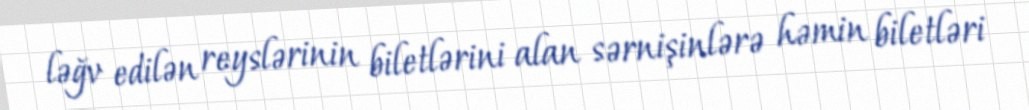
ləğv edilən reyslərinin biletlərini alan sərnişinlərə həmin biletləri